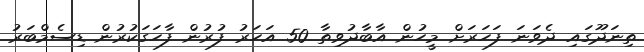
ތިނަދޫގައި ދެވަނަ ފަހަރަށް މީހުން އާބާދުވިތާ 50 އަހަރު ފުރުން ފާހަގަކުރުން ޑިސެމްބަރު